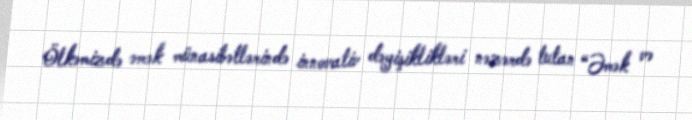
Ölkəmizdə əmək münasibətlərində innovativ dəyişiklikləri nəzərdə tutan “Əmək və